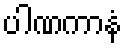
ပါဏကာနံ